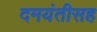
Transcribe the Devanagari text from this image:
दमयंतीसह